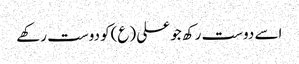
اسے دوست رکھ جو علی (ع)کو دوست رکھے